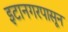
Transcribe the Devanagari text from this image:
इटानगरपासून